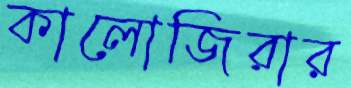
কালোজিরার